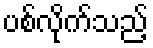
ပစ်လိုက်သည့်